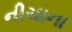
નીચાના